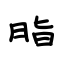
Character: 脂